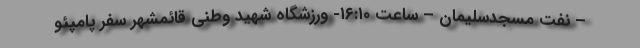
– نفت مسجدسلیمان – ساعت ۱۶:۱۰- ورزشگاه شهید وطنی قائمشهر سفر پامپئو